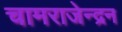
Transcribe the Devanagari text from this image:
चामराजेन्द्रन